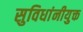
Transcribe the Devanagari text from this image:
सुविधांनीयुक्त